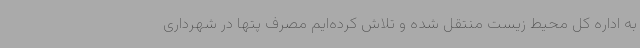
به اداره کل محیط زیست منتقل شده و تلاش کرده‌ایم مصرف پتها در شهرداری